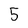
Character: 5